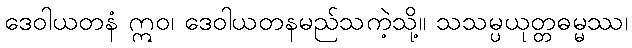
ဒေဝါယတနံ ဣဝ၊ ဒေဝါယတနမည်သကဲ့သို့။ သသမ္ပယုတ္တဓမ္မဿ၊